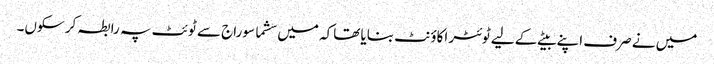
میں نے صرف اپنے بیٹے کے لیے ٹوئٹر اکاؤنٹ بنایا تھاکہ میں سشما سوراج سے ٹوئٹ پہ رابطہ کر سکوں۔